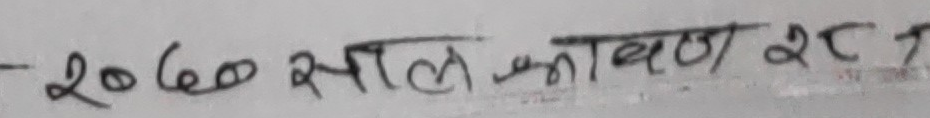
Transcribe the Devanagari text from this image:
2060 साल फाल्गुण २८ ?